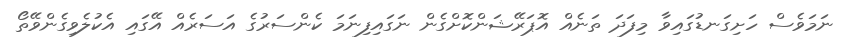
ނަމަވެސް ހަށިގަނޑުގައިވާ މިފަދަ ތަނެއް އޮޕަރޭޝަންކޮށްގެން ނަގައިފިނަމަ ކެންސަރުގެ އަސަރެއް އޭގައި އެކުލެވިގެންވޭތޯ